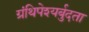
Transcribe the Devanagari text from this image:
ग्रंथिपेश्यर्बुदता